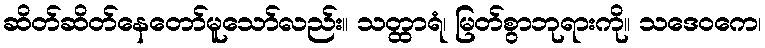
ဆိတ်ဆိတ်နေတော်မူသော်လည်း။ သတ္ထာရံ၊ မြတ်စွာဘုရားကို။ သဒေဝကေ၊